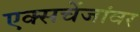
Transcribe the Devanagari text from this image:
एक्सचेंजांवर